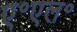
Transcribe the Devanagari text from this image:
ए॰एल॰